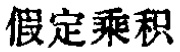
假定乘积